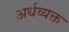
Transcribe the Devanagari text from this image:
अर्धव्यक्त